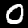
Digit: 0